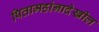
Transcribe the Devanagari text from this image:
पितामहांनादेखील